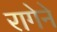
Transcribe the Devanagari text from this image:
रागेने